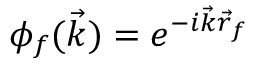
\phi _ { f } ( \vec { k } ) = e ^ { - i \vec { k } \vec { r } _ { f } }